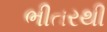
ભીતરથી